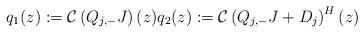
LaTeX: \begin{align*}q_1(z):=\mathcal{C}\left(Q_{j,-}J\right)(z) q_2(z):=\mathcal{C}\left(Q_{j,-}J+D_j\right)^H(z)\end{align*}